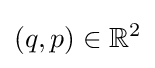
(q,p)\in \mathbb {R} ^{2}